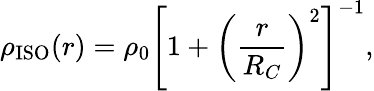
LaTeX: \rho_{\mathrm{ISO}}(r)=\rho_{0}\left[1+\left(\frac{r}{R_{C}}\right)^{2}\right]^{-1},